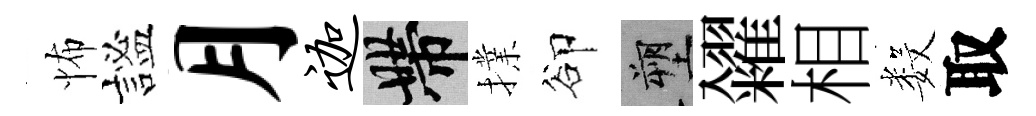
怖謐月迦帶擈卻塑糴相数取